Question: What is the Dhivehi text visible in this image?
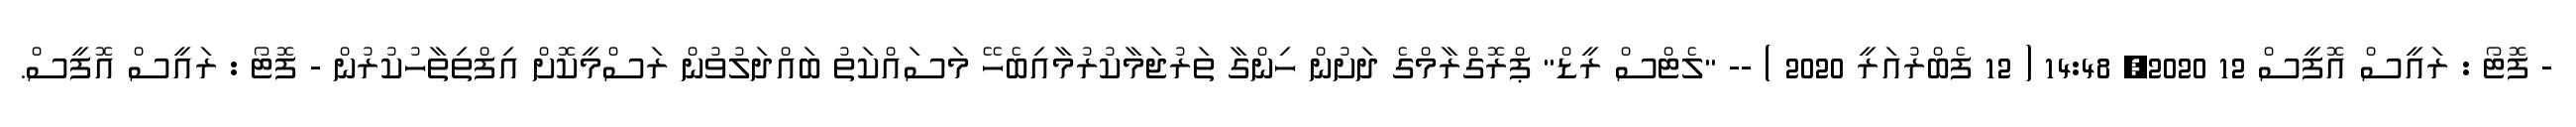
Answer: - ފޮޓޯ : ރައީސް އޮފީސް 12 2020, 14:48 ( 12 ފެބްރުއަރީ 2020 ) -- "ލެޓްސް ރީޑް" ޕްރޮގްރާމްގެ ދަށުން ހިންގާ ތަރުޖަމާކުރުމާއިބެހޭ މަސައްކަތު ބައްދަލުވުން ރަސްމީކޮށް އިފްތިތާހުކުރުން - ފޮޓޯ : ރައީސް އޮފީސް.